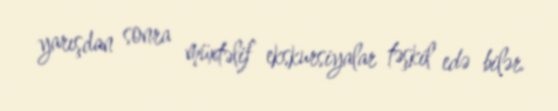
yarışdan sonra müxtəlif ekskursiyalar təşkil edə bilər.